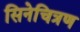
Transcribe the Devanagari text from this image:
सिनेचित्रण